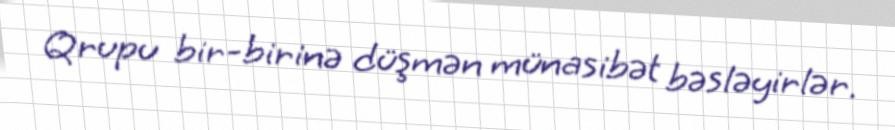
Qrupu bir-birinə düşmən münasibət bəsləyirlər.